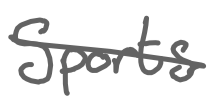
Text: Sports
Cross-out: cross
Writing tool: digital_gray